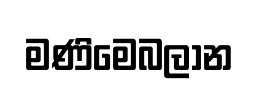
මණිමෙබලාන